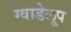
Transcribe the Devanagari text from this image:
ग्वाडेलूप